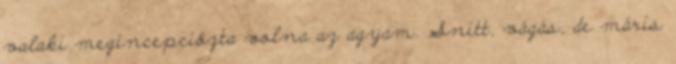
valaki megincepciózta volna az agyam. Snitt, vágás, de máris